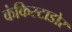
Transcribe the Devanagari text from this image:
कंकिस्टाडोर